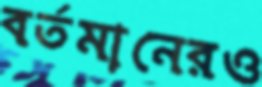
বর্তমানেরও